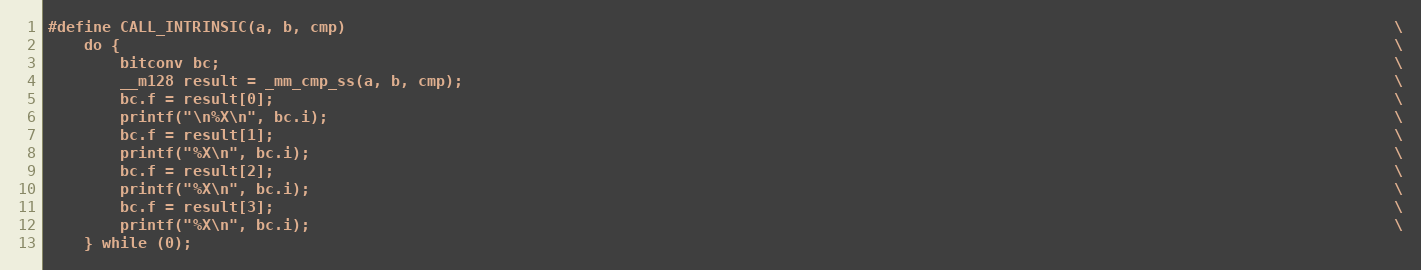
Language: C
#define CALL_INTRINSIC(a, b, cmp)                                                                                                                    \
    do {                                                                                                                                             \
        bitconv bc;                                                                                                                                  \
        __m128 result = _mm_cmp_ss(a, b, cmp);                                                                                                       \
        bc.f = result[0];                                                                                                                            \
        printf("\n%X\n", bc.i);                                                                                                                      \
        bc.f = result[1];                                                                                                                            \
        printf("%X\n", bc.i);                                                                                                                        \
        bc.f = result[2];                                                                                                                            \
        printf("%X\n", bc.i);                                                                                                                        \
        bc.f = result[3];                                                                                                                            \
        printf("%X\n", bc.i);                                                                                                                        \
    } while (0);